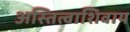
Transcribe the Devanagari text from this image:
अस्तित्वाशिवाय